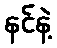
နင်နဲ့